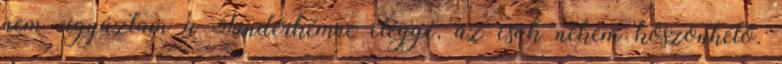
nem vigyáztam a Tündérkémre eléggé, az csak nekem köszönhető.